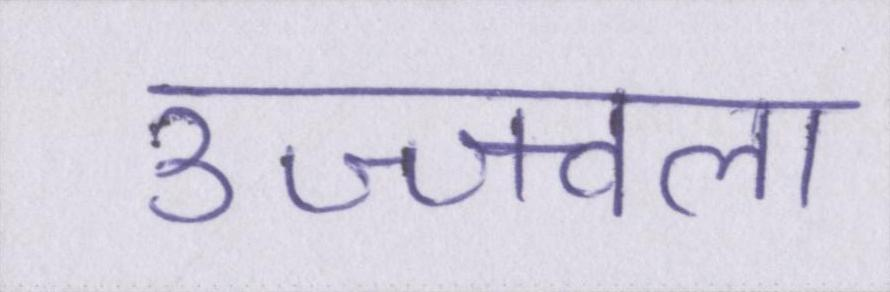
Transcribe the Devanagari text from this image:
उज्ज्वला